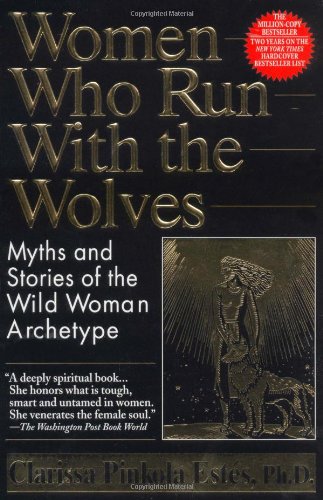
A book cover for Women Who Run With the Wolves: Myths and Stories of the Wild Woman Archetype; Clarissa Pinkola Estes; Literature & Fiction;